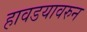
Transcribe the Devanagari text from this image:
हावडयावरुन